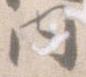
内